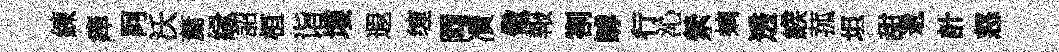
練痒阿沃䔥縁詔桓诣塿遐缠岡凟儆報劄罅行沁縈螭透緱菰坦甜遞計怒